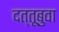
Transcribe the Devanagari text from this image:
दत्तूबुवा